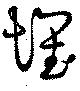
懐